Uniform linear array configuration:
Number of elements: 8
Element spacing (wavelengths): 1
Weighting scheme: binomial
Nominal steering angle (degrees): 0
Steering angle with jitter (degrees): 1.039
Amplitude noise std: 0.05
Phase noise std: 0.05

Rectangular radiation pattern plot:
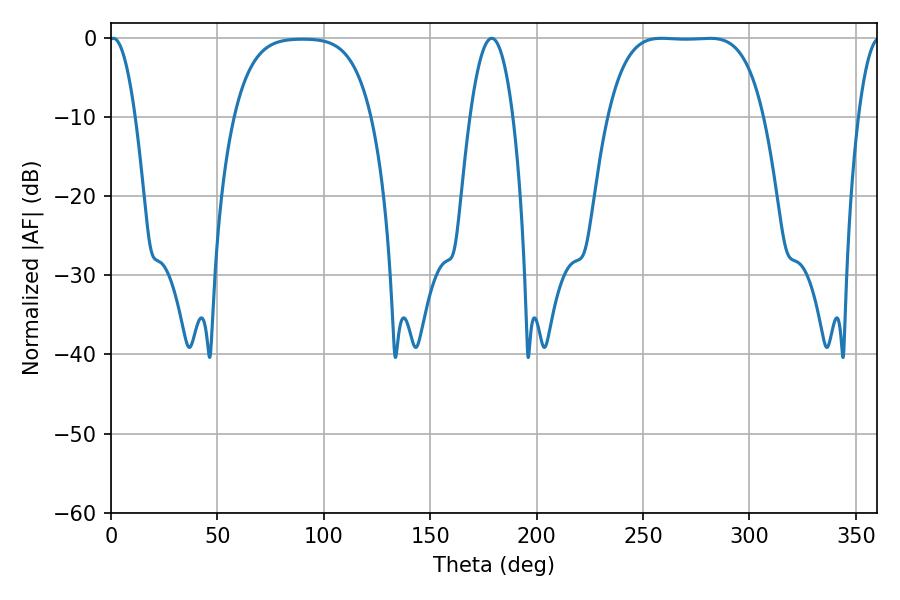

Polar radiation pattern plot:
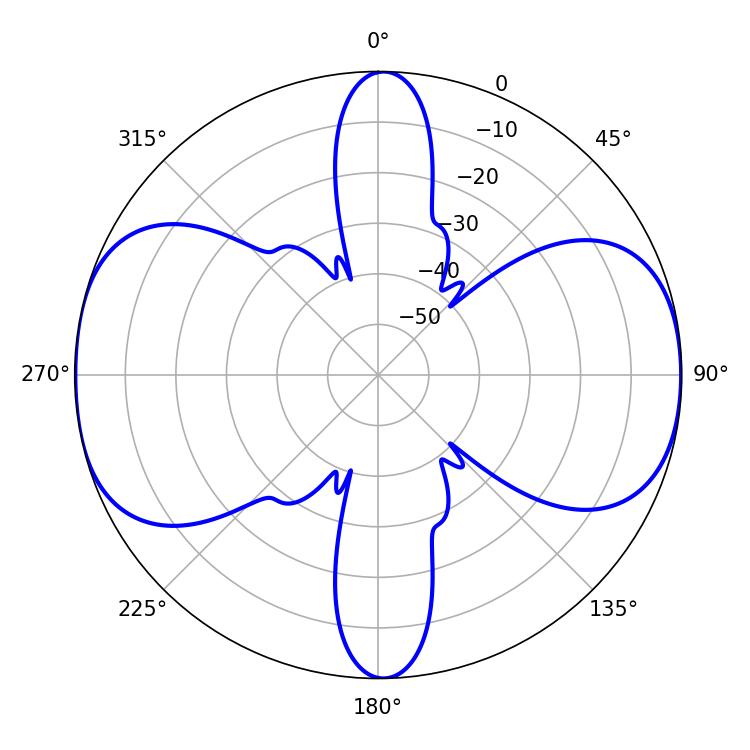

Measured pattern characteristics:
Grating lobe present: TRUE
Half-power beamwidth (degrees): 56.16
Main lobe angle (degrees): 258.84